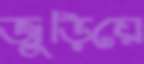
জুড়িয়ে